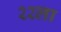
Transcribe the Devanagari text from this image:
२२ला